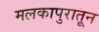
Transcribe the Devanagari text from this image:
मलकापुरातून